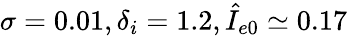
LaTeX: \sigma=0.01,\delta_{i}=1.2,\hat{I}_{e0}\simeq 0.17